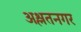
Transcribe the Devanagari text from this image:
अश्लतनगर